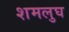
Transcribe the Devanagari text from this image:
शमलुघ